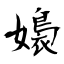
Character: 嬝